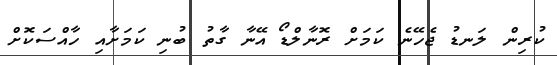
ކުރިން ލަނޑު ޖެހޭނެ ކަމަށް ރޮނާލްޑޯ އޭނާ ގާތު ބުނި ކަމަށާއި ހާއްސަކޮށް